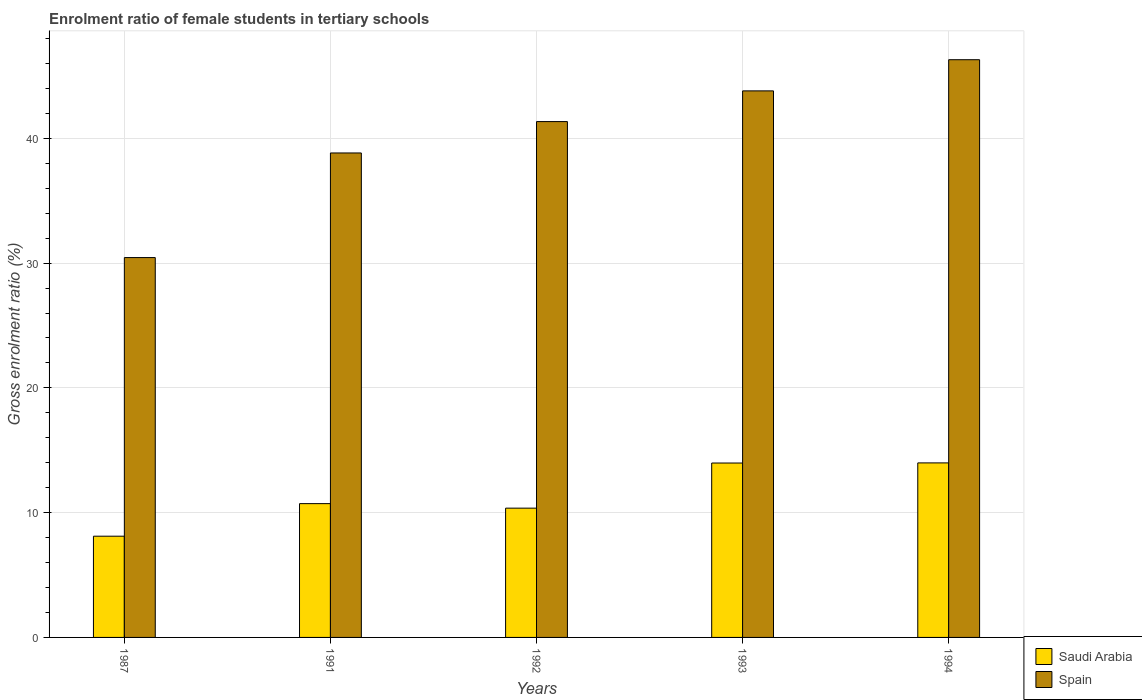
| Years | Saudi Arabia | Spain |
 | --- | --- | --- |
 | 1987 | 8.11 | 30.4 |
 | 1991 | 10.7 | 38.8 |
 | 1992 | 10.4 | 41.3 |
 | 1993 | 14 | 43.8 |
 | 1994 | 14 | 46.3 |